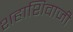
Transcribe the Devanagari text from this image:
शहाशिवाजी